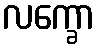
လက္ခော